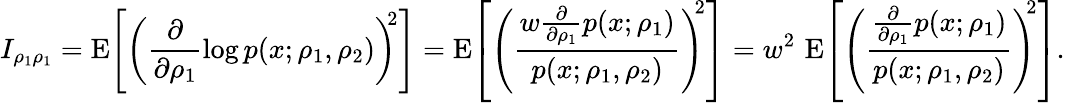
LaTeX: I_{\rho_{1}\rho_{1}}=\operatorname{E}\! \left[\left(\frac{\partial}{\partial{\rho_{1}}}\log p(x;\rho_{1},\rho_{2})\right)^{\! \! 2}\right]=\operatorname{E}\! \left[\left(\frac{w\frac{\partial}{\partial\rho_{1}}p(x;\rho_{1})}{p(x;\rho_{1},\rho_{2})}\right)^{\! \! 2}\right]=w^{2}\, \operatorname{E}\! \left[\left(\frac{\frac{\partial}{\partial\rho_{1}}p(x;\rho_{1})}{p(x;\rho_{1},\rho_{2})}\right)^{\! \! 2}\right].